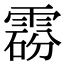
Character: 𩃼